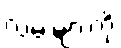
လမ်းများကို